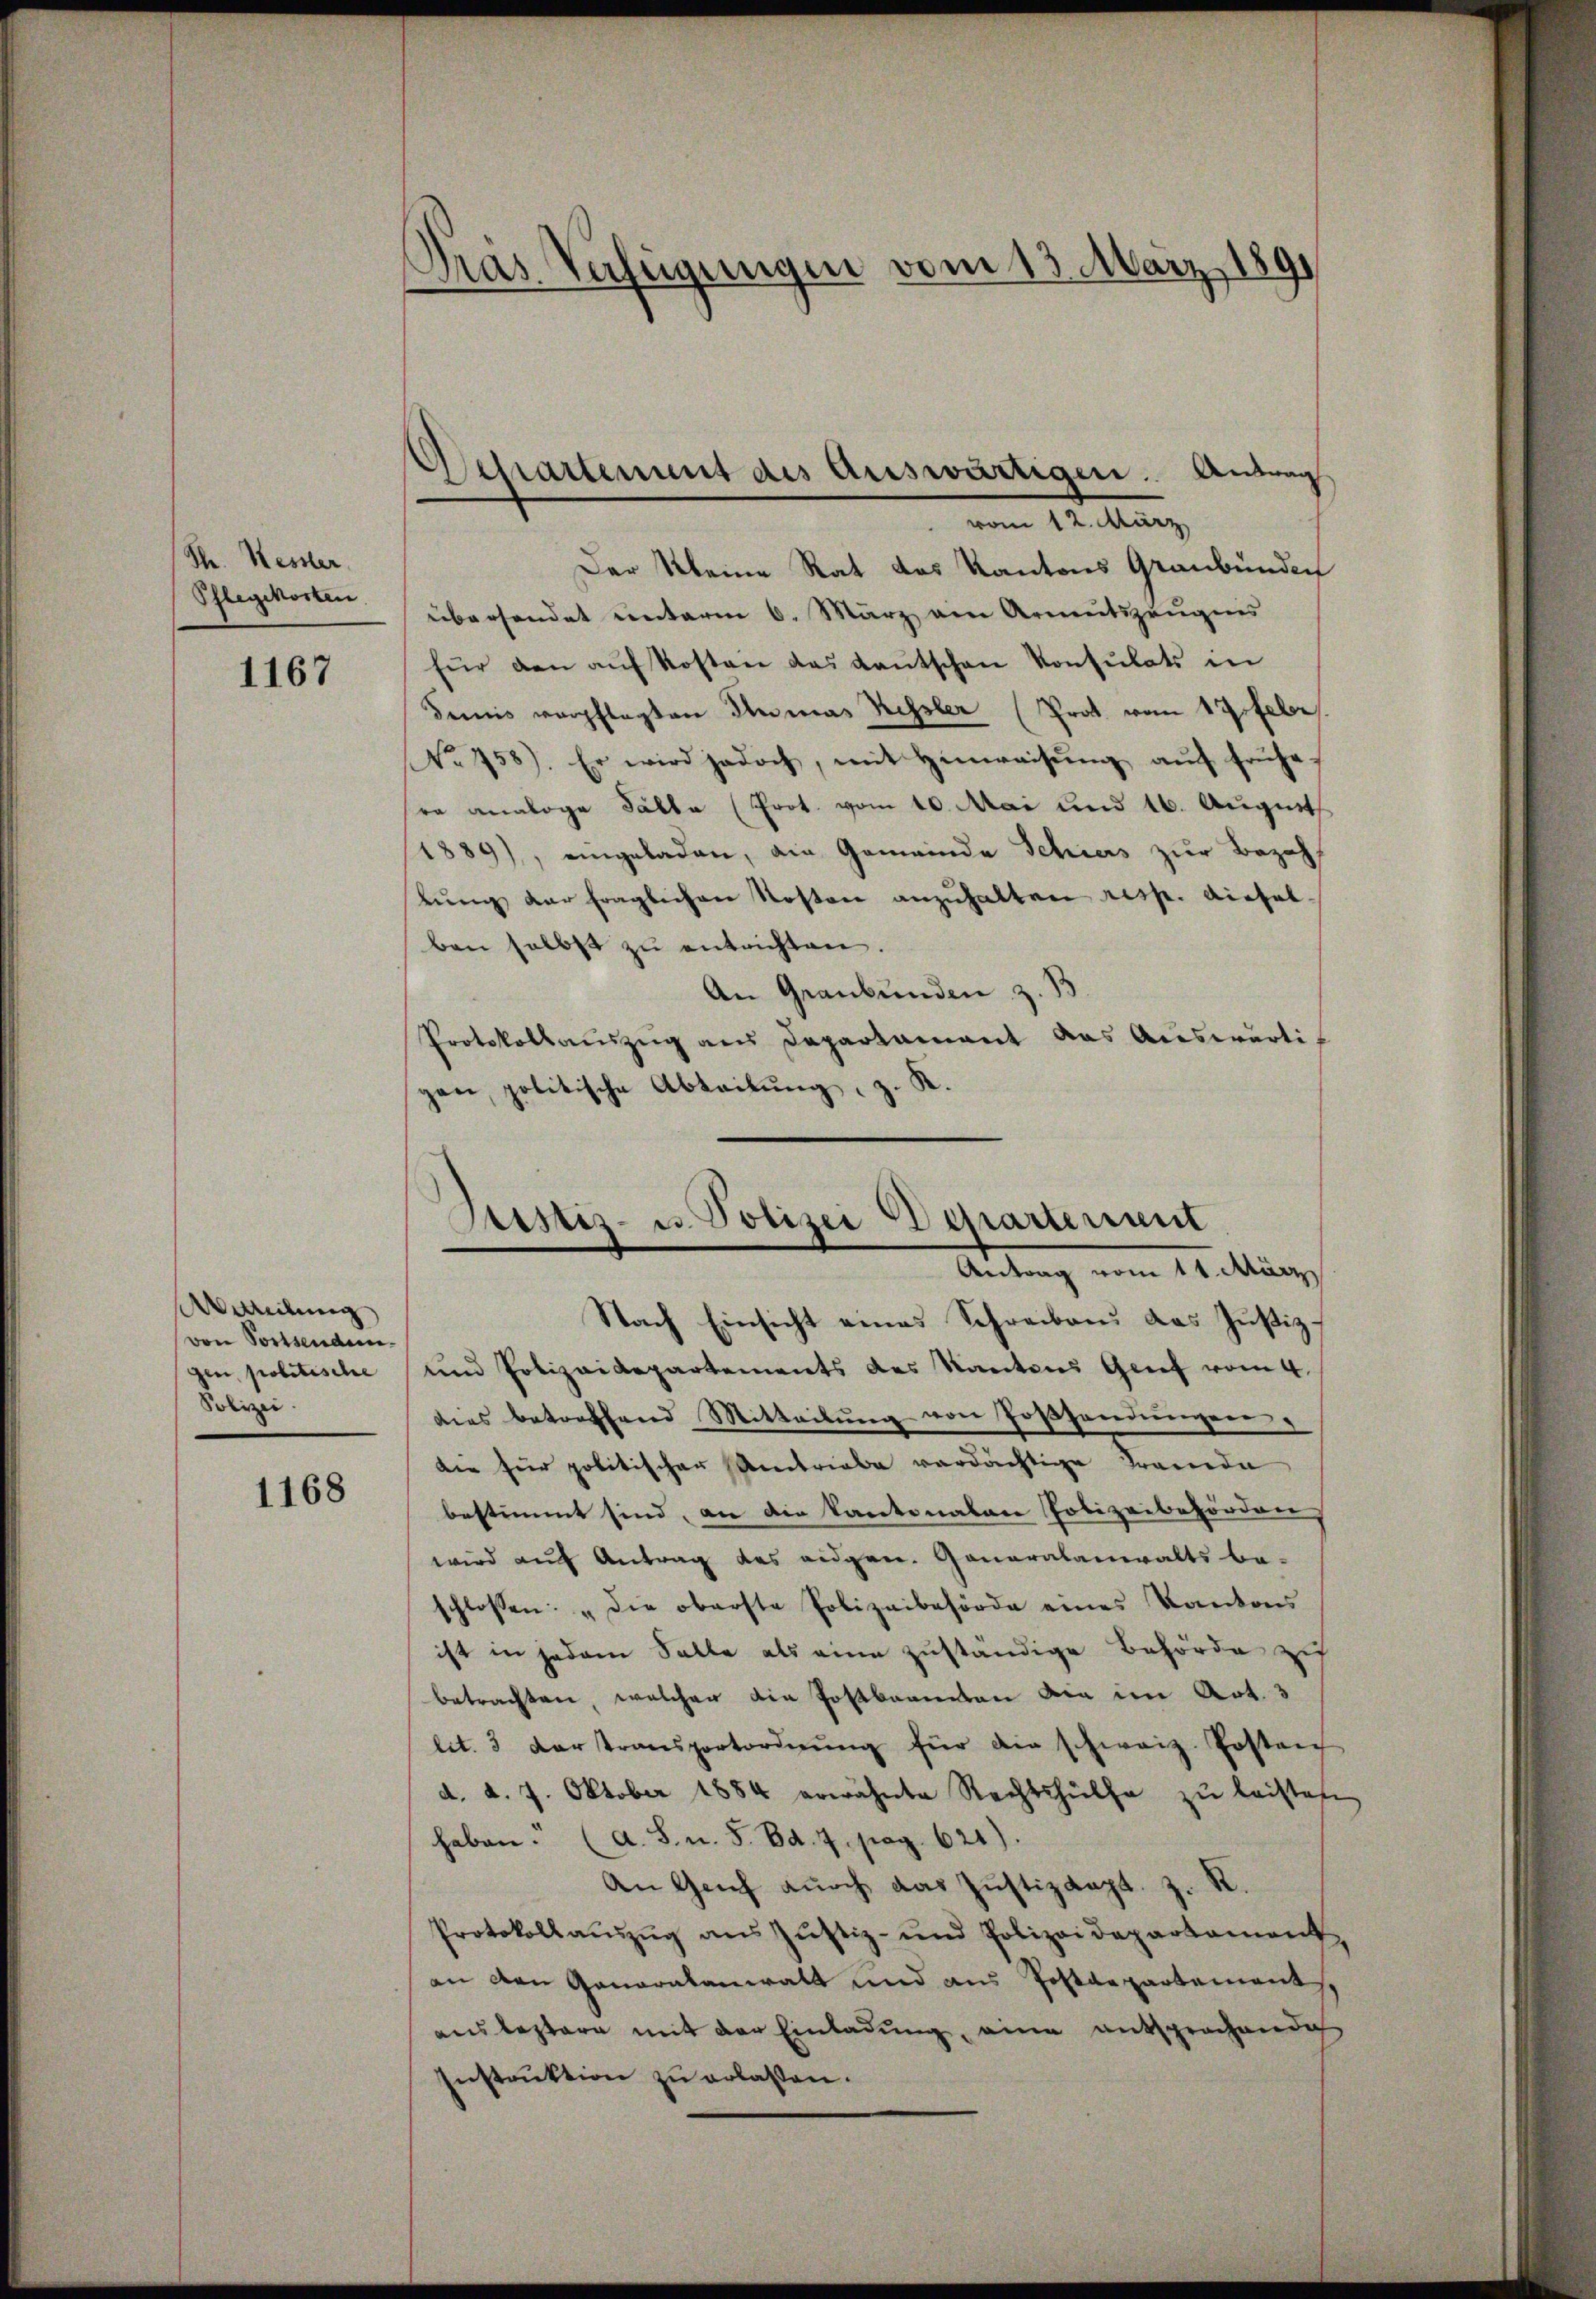
Th. Hessler,
Pflegekosten.

1167

Ateilung
von Portsenden.
Polizei.

1168

Präs. Verfügungen vom 13. März 1891
1

Der Kleine Rat des Kantons Graubünden
übersendet unterm 6. März am Armutszeugens
für den aŭf Kosten das Kantschen Konsulats in
Demis verpflegten Anmas Kessler (Prot. vom 17. Febr.
No 458). Er wird jedoch, mit Hinweisŭng aŭf frühe
ra analoge Fälle (Prot. vom 10. Mai und 16. August
1889), eingeladen, ain Gemeinde Schiers zur Bezahbŭng der fraglichen Kosten anzŭhalten resp. diesel-
ben selbst zŭ entrichten.
An Graubünden z. B.
Protokollaŭszŭg ans Departamant das Aŭswärtigen, politische Abteilung, z. K.

Departement des Auswärtigen. Antrag
vom 12. März

Sistiz- u. Polizei Departement
Antrag vom 11. März

Nach Einsicht eines Schreiben das Justiz-
gen politische und Polizeidepartements des Kantons Genf vom 4.
dies betreffend Mitteilŭng von Fosshandŭngen
die für politischer Umtriebe verdächtige Fremde
bestimmt sind, an die Kantonalen Polizeibehörden
wird auf Antrag des eidgen. Generalanwalts be-
schlossen: „Die oberste Polizeibehörde eines Kantons
ist in jedem Salle als eine zuständige Behörde zu
betrachten, welchen die Postbarenten die im Art. 3
lit. 3 der transportordnŭng für die schweiz. Postanz
d. d. 7. Oktober 1884 erwähnte Rechtshülfe zŭ leisten,
haben. (A. S. u. S. Bd. 7. pag. 621).
An Genf durch das Justizkapt. z. R.
Protokollaŭszŭg ans Jŭstiz- und Polizeidepartement
an den Generalanwalt und aus Postdepartement
ausbestern mit der Einladung, eine entsprochende
Instruktion zu erlassen.